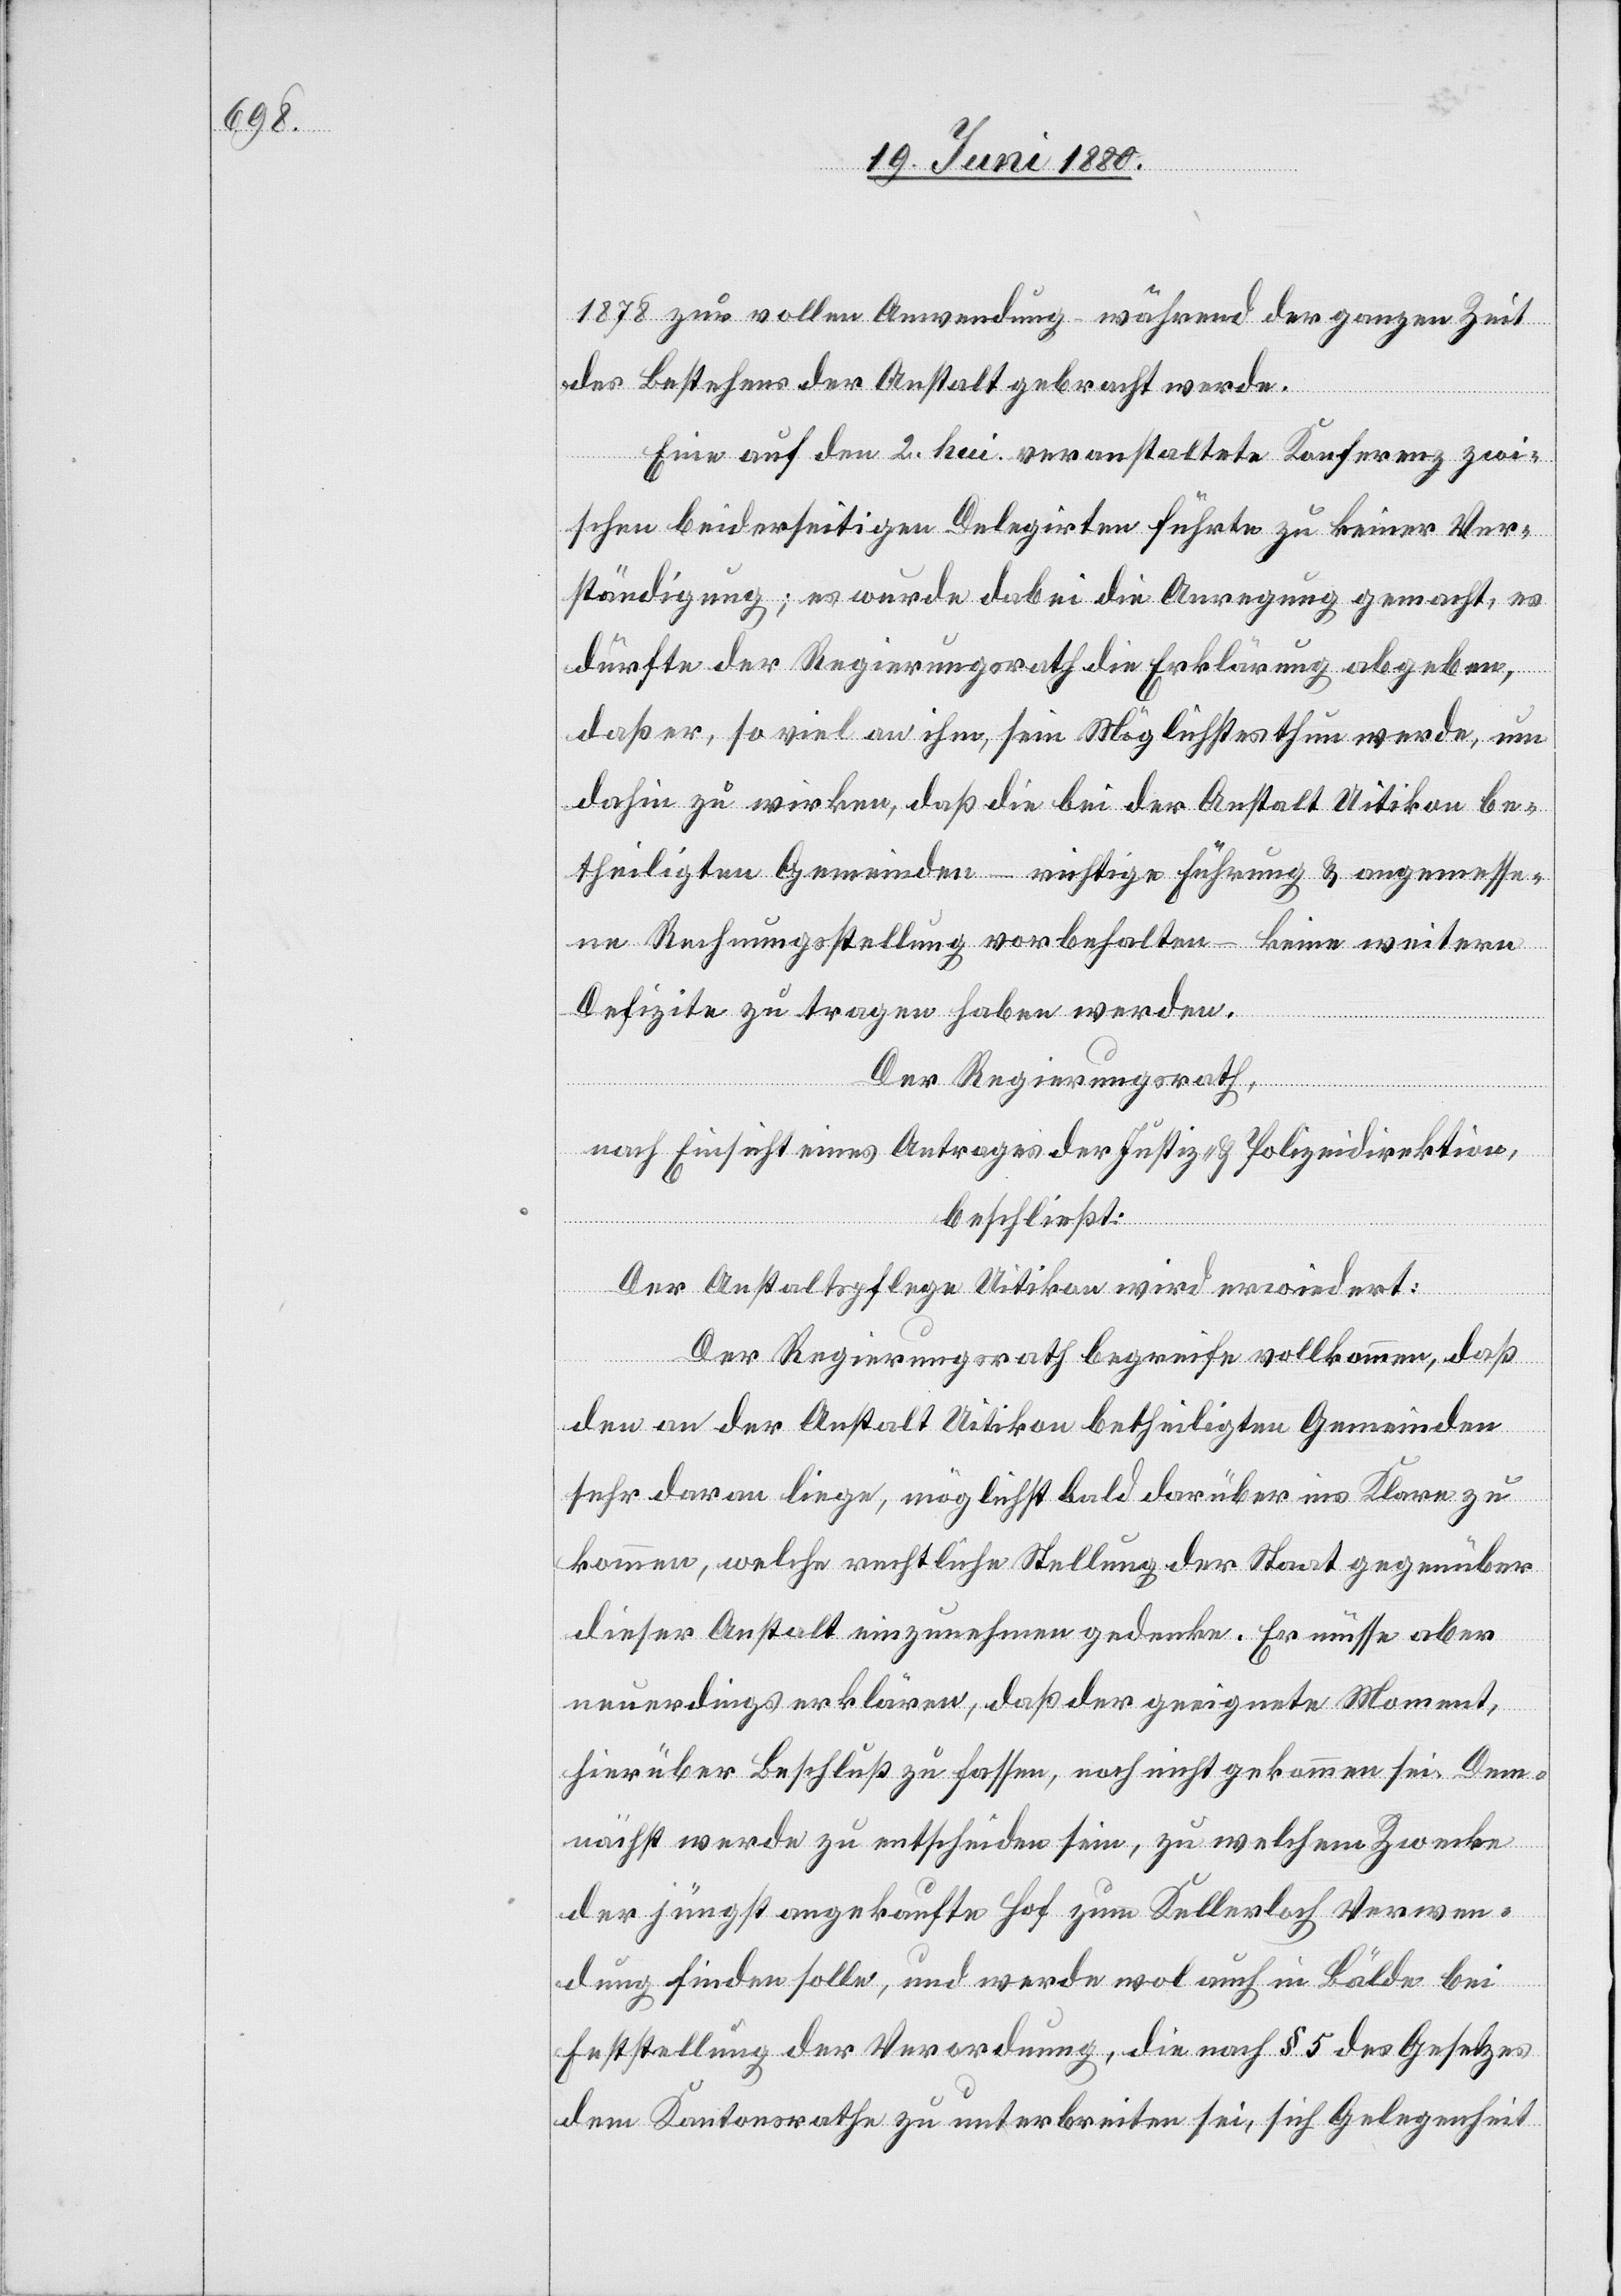
1878 zur vollen Anwendung während der ganzen Zeit
des Bestehens der Anstalt gebracht werde.
Eine auf den 2. hui. veranstaltete Konferenz zwi¬
schen beiderseitigen Delegirten führte zu keiner Ver¬
ständigung; es wurde dabei die Anregung gemacht, es
dürfte der Regierungsrath die Erklärung abgeben,
daß er, so viel an ihm, sein Möglichstes thun werde, um
dahin zu wirken, daß die bei der Anstalt Uitikon be¬
theiligten Gemeinden – richtige Führung & angemesse¬
ne Rechnungsstellung vorbehalten – keine weitern
Defizite zu tragen haben werden.
Der Regierungsrath,
nach Einsicht eines Antrages der Justiz- & Polizeidirektion,
beschließt:
Der Anstaltspflege Uitikon wird erwiedert:
Der Regierungsrath begreife vollkommen, daß
den an der Anstalt Uitikon betheiligten Gemeinden
sehr daran liege, möglichst bald darüber ins Klare zu
kommen, welche rechtliche Stellung der Staat gegenüber
dieser Anstalt einzunehmen gedenke. Er müsse aber
neuerdings erklären, daß der geeignet Moment,
hierüber Beschluß zu fassen, noch nicht gekommen sei. Dem¬
nächst werde zu entscheiden sein, zu welchem Zwecke
der jüngst angekaufte Hof zum Kellerloch Verwen¬
dung finden solle, und werde wol auch in Bälde bei
Feststellung der Verordnung, die nach § 5 des Gesetzes
dem Kantonsrathe zu unterbreiten sei, sich Gelegenheit